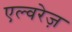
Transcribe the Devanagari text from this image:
एल्वरेज़